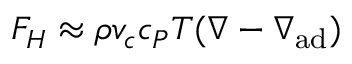
F _ { H } \approx \rho v _ { c } c _ { P } T ( \nabla - \nabla _ { \mathrm { a d } } )